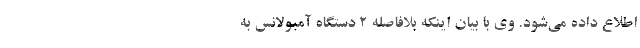
اطلاع داده می‌شود. وی با بیان اینکه بلافاصله ۲ دستگاه آمبولانس به